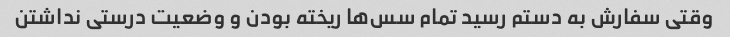
وقتی سفارش به دستم رسید تمام سس‌ها ریخته بودن و وضعیت درستی نداشتن